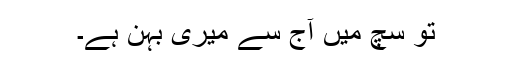
تو سچ میں آج سے میری بہن ہے۔